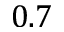
0 . 7